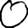
Digit: 0